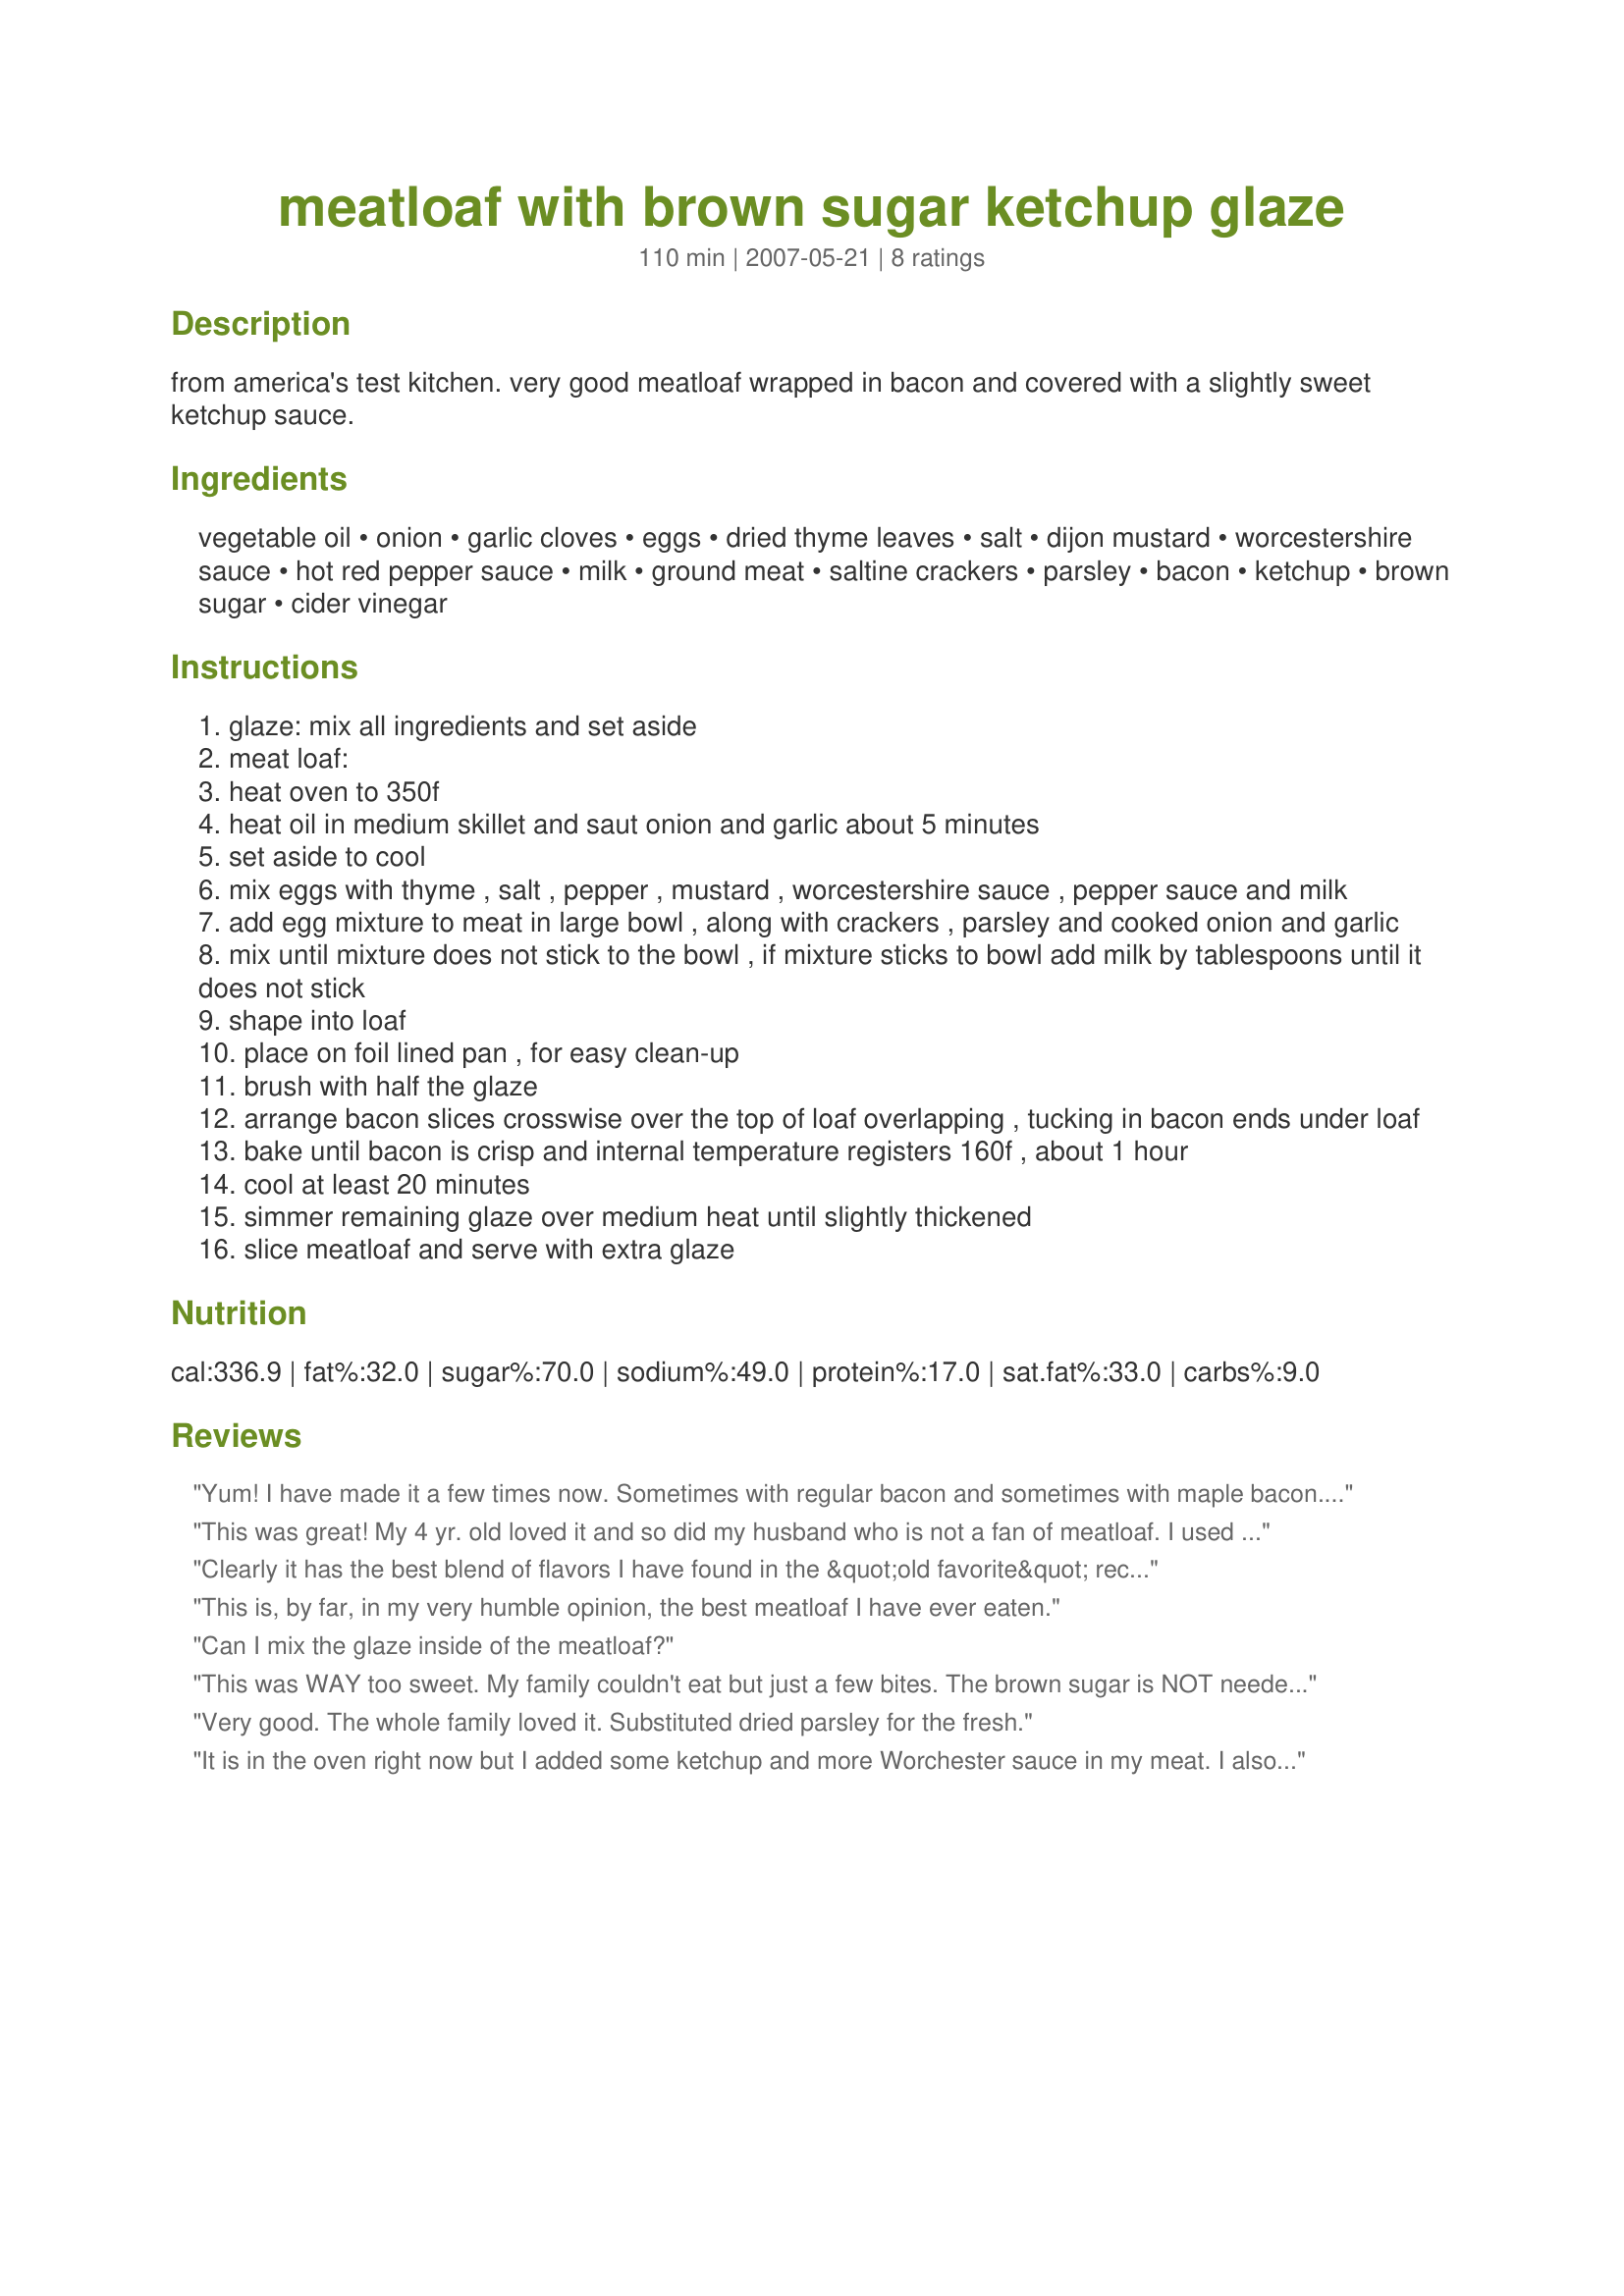
meatloaf with brown sugar ketchup glaze
Preparation time: 110 minutes

from america's test kitchen. very good meatloaf wrapped in bacon and covered with a slightly sweet ketchup sauce.

Ingredients:
vegetable oil, onion, garlic cloves, eggs, dried thyme leaves, salt, dijon mustard, worcestershire sauce, hot red pepper sauce, milk, ground meat, saltine crackers, parsley, bacon, ketchup, brown sugar, cider vinegar

Steps:
glaze: mix all ingredients and set aside
meat loaf:
heat oven to 350f
heat oil in medium skillet and saut onion and garlic about 5 minutes
set aside to cool
mix eggs with thyme , salt , pepper , mustard , worcestershire sauce , pepper sauce and milk
add egg mixture to meat in large bowl , along with crackers , parsley and cooked onion and garlic
mix until mixture does not stick to the bowl , if mixture sticks to bowl add milk by tablespoons until it does not stick
shape into loaf
place on foil lined pan , for easy clean-up
brush with half the glaze
arrange bacon slices crosswise over the top of loaf overlapping , tucking in bacon ends under loaf
bake until bacon is crisp and internal temperature registers 160f , about 1 hour
cool at least 20 minutes
simmer remaining glaze over medium heat until slightly thickened
slice meatloaf and serve with extra glaze

Reviews:
Yum! I have made it a few times now. Sometimes with regular bacon and sometimes with maple bacon. It is even better with the maple bacon! Haven't tried it with oatmeal, usually use bread crumbs. Sometimes we cheat and use barbecue sauce (KC Masterpiece) instead of making the glaze.
This was great! My 4 yr. old loved it and so did my husband who is not a fan of meatloaf. I used oatmeal and used a mixture of ground pork, beef, and veal.
Clearly it has the best blend of flavors I have found in the &quot;old favorite&quot; recipe of meatloaf. Well done!
This is, by far, in my very humble opinion, the best meatloaf I have ever eaten.
Can I mix the glaze inside of the meatloaf?
This was WAY too sweet. My family couldn't eat but just a few bites. The brown sugar is NOT needed with the ketchup!
Very good. The whole family loved it. Substituted dried parsley for the fresh.
It is in the oven right now but I added some ketchup and more Worchester sauce in my meat. I also put maple bacon on top of meatloaf. Hopefully this will be as good as everyone says.. I Love me some meatloaf..... It smells so good right now only 40 minutes left...
